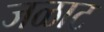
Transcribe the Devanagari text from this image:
जळाट